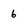
Character: 6